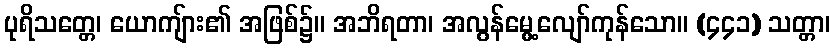
ပုရိသတ္တေ၊ ယောကျ်ား၏ အဖြစ်၌။ အဘိရတာ၊ အလွန်မွေ့လျော်ကုန်သော။ (၄၄၁) သတ္တာ၊